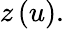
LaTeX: z\left(u\right).